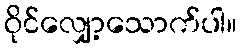
ဝိုင်လျှော့သောက်ပါ။